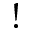
!